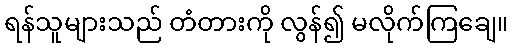
ရန်သူများသည် တံတားကို လွန်၍ မလိုက်ကြချေ။